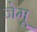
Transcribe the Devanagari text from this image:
जेमू